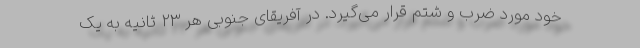
خود مورد ضرب و شتم قرار می‌گیرد. در آفریقای جنوبی هر ۲۳ ثانیه به یک